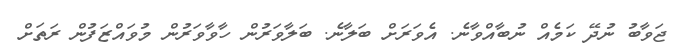
ޖަވާބު ނުދޭ ކަމެއް ނުބާއްވާނެ. އެވަރަށް ބަލާނެ. ބަލާވަރުން ހާވާވަރުން މުވައްޒަފުން ރަތަށް